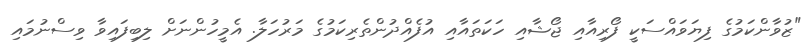
"ޒުވާންކަމުގެ ފިޔަވައްސަކީ ފޯރިއާއި ޖޯޝާއި ހަކަތައާއި އުފެއްދުންތެރިކަމުގެ މަރުހަލާ. އެމީހުންނަށް ލިބިފައިވާ ވިސްނުމައި